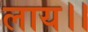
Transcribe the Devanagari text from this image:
लाय।।